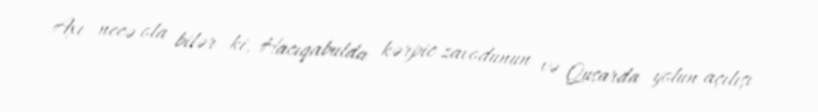
Axı necə ola bilər ki, Hacıqabulda kərpic zavodunun və Qusarda yolun açılışı